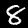
Label: 8